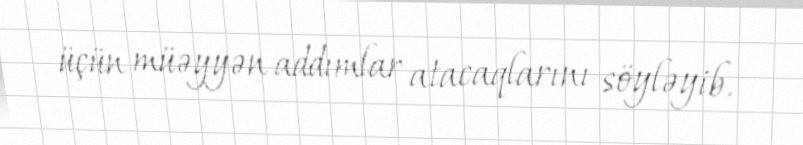
üçün müəyyən addımlar atacaqlarını söyləyib.